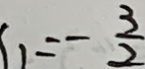
1 1 = - \frac { 3 } { 2 }